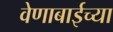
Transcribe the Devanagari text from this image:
वेणाबाईच्या